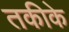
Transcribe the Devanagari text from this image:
तकीके